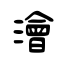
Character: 澮